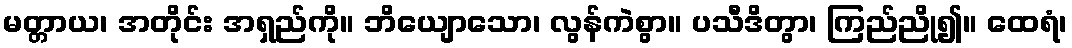
မတ္တာယ၊ အတိုင်း အရှည်ကို။ ဘိယျောသော၊ လွန်ကဲစွာ။ ပသီဒိတွာ၊ ကြည်ညို၍။ ထေရံ၊